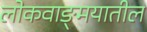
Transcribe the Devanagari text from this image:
लोकवाङ्‍मयातील